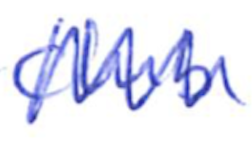
Text: club
Cross-out: zig-zag
Writing tool: ballpoint